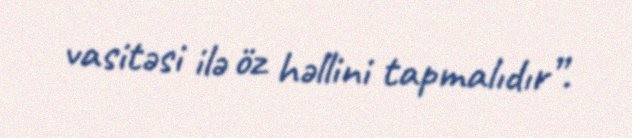
vasitəsi ilə öz həllini tapmalıdır”.